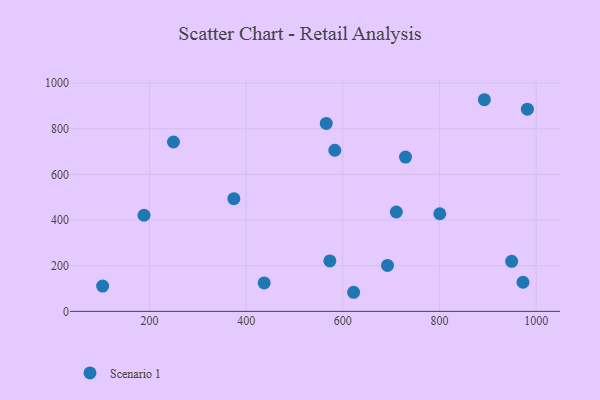
{"axis": {"x": "Price", "y": "Profit"}, "legend": ["Scenario 1"], "data": [{"x": "622.3", "y": 83.6, "type": "Scenario 1"}, {"x": "565.7", "y": 823.3, "type": "Scenario 1"}, {"x": "949.3", "y": 219.2, "type": "Scenario 1"}, {"x": "710.6", "y": 435.2, "type": "Scenario 1"}, {"x": "972.7", "y": 127.6, "type": "Scenario 1"}, {"x": "692.4", "y": 201.3, "type": "Scenario 1"}, {"x": "892.8", "y": 927.0, "type": "Scenario 1"}, {"x": "981.8", "y": 885.4, "type": "Scenario 1"}, {"x": "437.3", "y": 124.5, "type": "Scenario 1"}, {"x": "249.6", "y": 741.8, "type": "Scenario 1"}, {"x": "729.7", "y": 675.7, "type": "Scenario 1"}, {"x": "800.6", "y": 427.6, "type": "Scenario 1"}, {"x": "374.5", "y": 493.6, "type": "Scenario 1"}, {"x": "188.6", "y": 421.0, "type": "Scenario 1"}, {"x": "583.4", "y": 705.7, "type": "Scenario 1"}, {"x": "103.0", "y": 110.9, "type": "Scenario 1"}, {"x": "573.1", "y": 220.9, "type": "Scenario 1"}]}